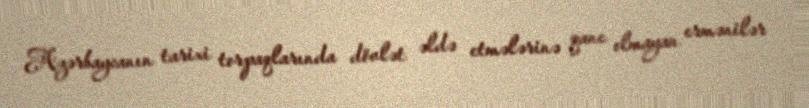
Azərbaycanın tarixi torpaqlarında dövlət əldə etmələrinə qane olmayan ermənilər